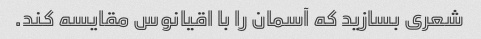
شعری بسازید که آسمان را با اقیانوس مقایسه کند.